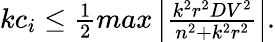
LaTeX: \begin{array}{r}{kc_{i}\leq\frac{1}{2}max\left|\frac{k^{2}r^{2}DV^{2}}{n^{2}+k^{2}r^{2}}\right|.}\end{array}